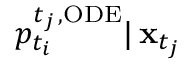
p _ { t _ { i } } ^ { { t _ { j } } \, , \mathrm { O D E } } | \, \mathbf { x } _ { t _ { j } }